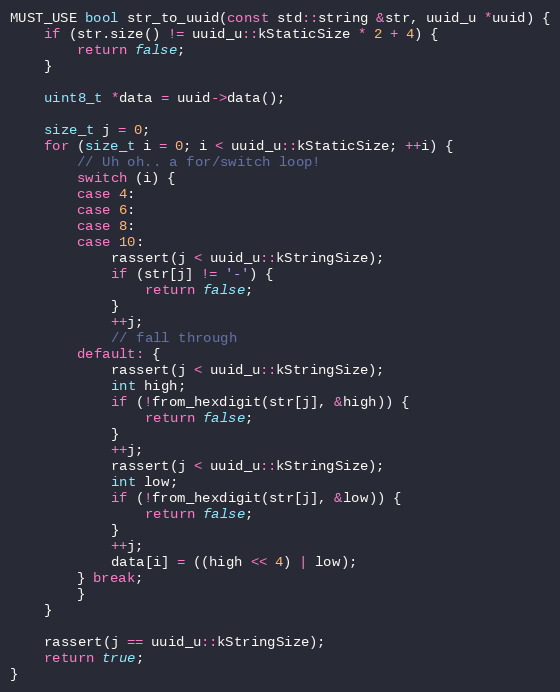
Language: C++
MUST_USE bool str_to_uuid(const std::string &str, uuid_u *uuid) {
    if (str.size() != uuid_u::kStaticSize * 2 + 4) {
        return false;
    }

    uint8_t *data = uuid->data();

    size_t j = 0;
    for (size_t i = 0; i < uuid_u::kStaticSize; ++i) {
        // Uh oh.. a for/switch loop!
        switch (i) {
        case 4:
        case 6:
        case 8:
        case 10:
            rassert(j < uuid_u::kStringSize);
            if (str[j] != '-') {
                return false;
            }
            ++j;
            // fall through
        default: {
            rassert(j < uuid_u::kStringSize);
            int high;
            if (!from_hexdigit(str[j], &high)) {
                return false;
            }
            ++j;
            rassert(j < uuid_u::kStringSize);
            int low;
            if (!from_hexdigit(str[j], &low)) {
                return false;
            }
            ++j;
            data[i] = ((high << 4) | low);
        } break;
        }
    }

    rassert(j == uuid_u::kStringSize);
    return true;
}